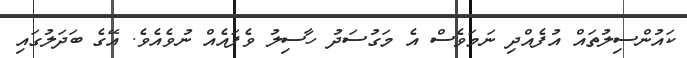
ކައުންސިލުތައް އުފެއްދި ނަމަވެސް އެ މަގުސަދު ހާސިލު ވެފައެއް ނުވެއެވެ. އޭގެ ބަދަލުގައި